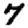
Digit: 7